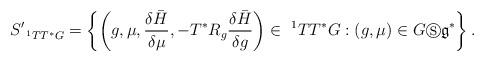
LaTeX: \begin{align*}S_{\ ^{1}TT^{\ast }G}^{\prime }=\left\{ \left( g,\mu ,\frac{\delta \bar{H}}{\delta \mu },-T^{\ast }R_{g}\frac{\delta \bar{H}}{\delta g}\right)\in \ ^{1}TT^{\ast }G:\left( g,\mu \right) \in G\circledS\mathfrak{g}^{\ast }\right\} . \end{align*}